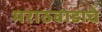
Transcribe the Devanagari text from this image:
मराठवाडाचे